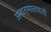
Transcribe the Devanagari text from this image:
अनात्मातावादी